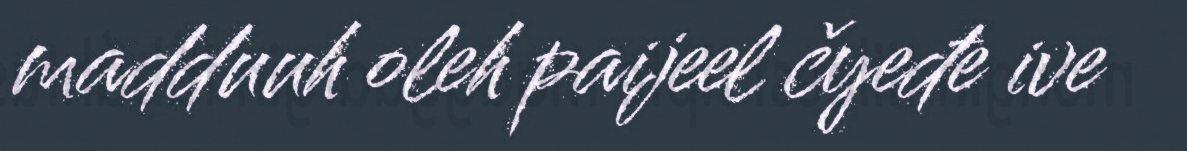
madduuh oleh paijeel čyeđe ive